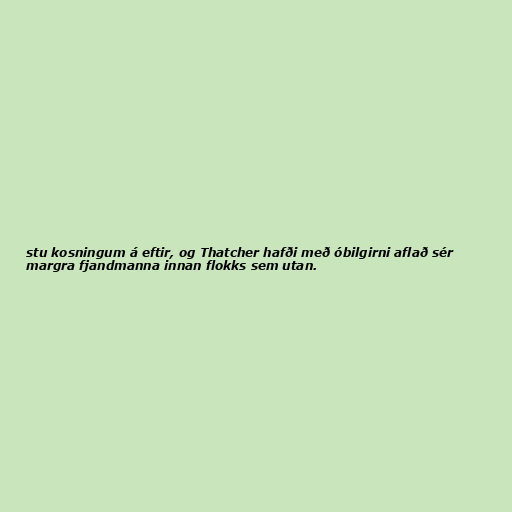
stu kosningum á eftir, og Thatcher hafði með óbilgirni aflað sér
margra fjandmanna innan flokks sem utan.